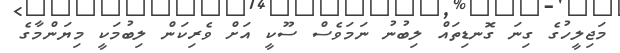
މަޖިލީހުގެ ގިނަ ގޮނޑިތައް ލިބުނު ނަމަވެސް ސޫކީ އަށް ވެރިކަން ލިބުމަކީ މިޔަންމާގެ